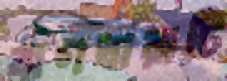
বাগধারাটি